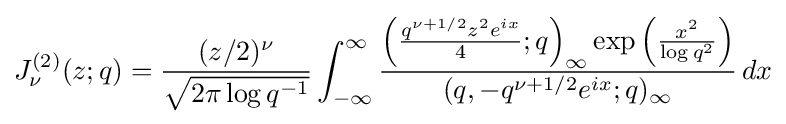
J_{\nu }^{(2)}(z;q)={\frac {(z/2)^{\nu }}{\sqrt {2\pi \log q^{-1}}}}\int _{-\infty }^{\infty }{\frac {\left({\frac {q^{\nu +1/2}z^{2}e^{ix}}{4}};q\right)_{\infty }\exp \left({\frac {x^{2}}{\log q^{2}}}\right)}{(q,-q^{\nu +1/2}e^{ix};q)_{\infty }}}\,dx